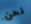
نحن